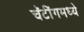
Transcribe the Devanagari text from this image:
चॅटींगमध्ये